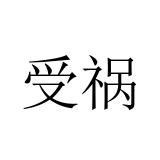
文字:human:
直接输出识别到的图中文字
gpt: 受祸